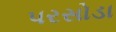
પરસોડા